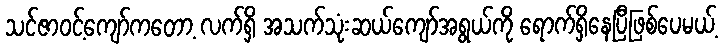
သင်ဇာဝင့်ကျော်ကတော့ လက်ရှိ အသက်သုံးဆယ်ကျော်အရွယ်ကို ရောက်ရှိနေပြီဖြစ်ပေမယ့်